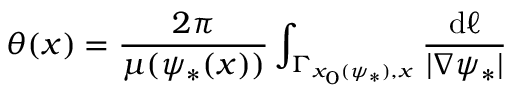
\theta ( x ) = \frac { 2 \pi } { \mu ( \psi _ { * } ( x ) ) } \int _ { \Gamma _ { x _ { 0 } ( \psi _ { * } ) , x } } \frac { \mathrm { d } \ell } { | \nabla \psi _ { * } | }